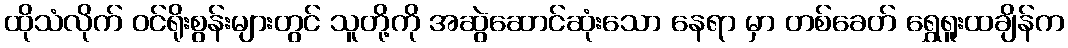
ထိုသံလိုက် ဝင်ရိုးစွန်းများတွင် သူတို့ကို အဆွဲဆောင်ဆုံးသော နေရာ မှာ တစ်ခေတ် ရွှေရူးထချိန်က